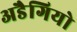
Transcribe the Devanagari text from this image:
अडैगियो